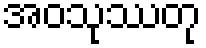
အဝသုဿတု